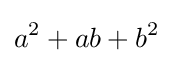
a^{2}+ab+b^{2}